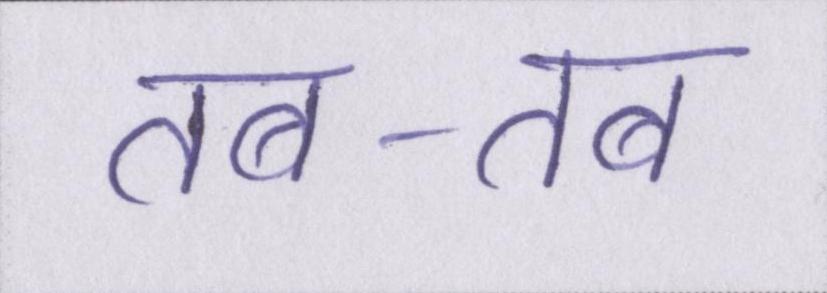
तब-तब